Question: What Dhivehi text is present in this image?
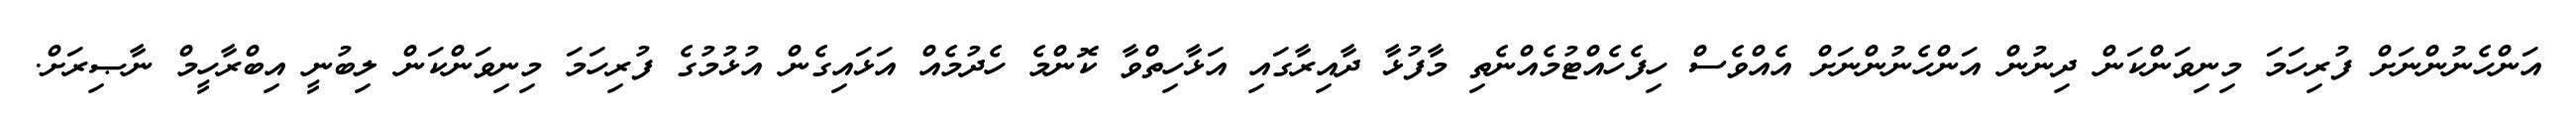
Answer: އަންހެނުންނަށް ފުރިހަމަ މިނިވަންކަން ދިނުން އަންހެނުންނަށް އެއްވެސް ހިފެހެއްޓުމެއްނެތި މާފުޅާ ދާއިރާގައި އަޅާހިތްވާ ކޮންމެ ހެދުމެއް އަޅައިގެން އުޅުމުގެ ފުރިހަމަ މިނިވަންކަން ލިބުނީ އިބްރާހީމް ނާޞިރަށް.